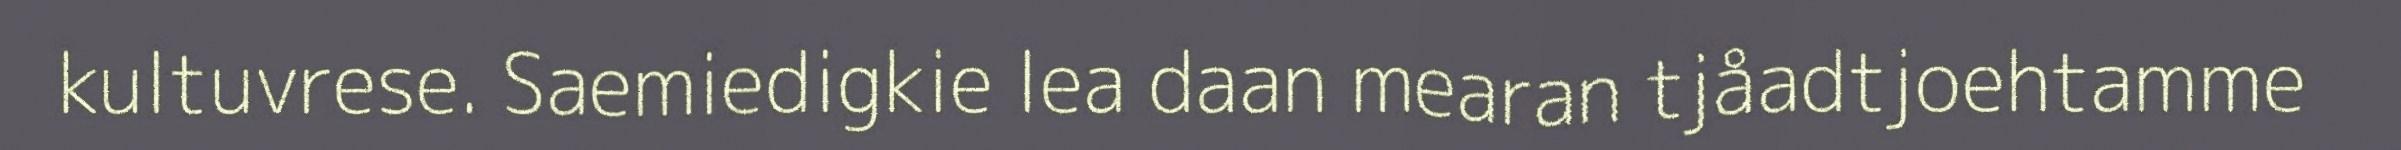
kultuvrese. Saemiedigkie lea daan mearan tjåadtjoehtamme